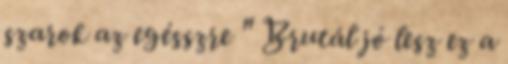
szarok az egésszre " Brutál jó lesz ez a